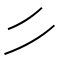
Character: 𰀪